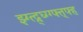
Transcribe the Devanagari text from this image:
झ्ग्त्द्र्घ्ग्ग्फ्त्फ्ह